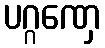
ပဂ္ဂဏှေ